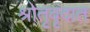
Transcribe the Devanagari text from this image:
श्रोतृवृंदात